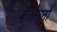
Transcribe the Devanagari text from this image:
बजोरनों